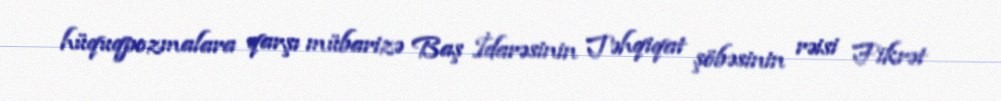
hüquqpozmalara qarşı mübarizə Baş İdarəsinin Təhqiqat şöbəsinin rəisi Fikrət